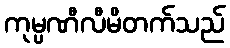
ကုမ္ပဏီလီမိတက်သည်